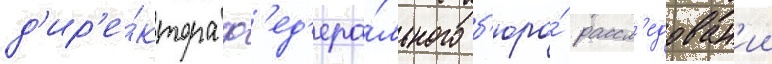
д'ир'е́ктора ф'ед'ера́льного б'юро́ рассл'едован'ии